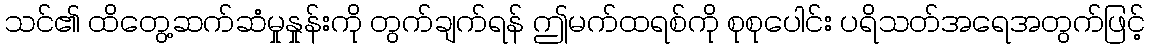
သင်၏ ထိတွေ့ဆက်ဆံမှုနှုန်းကို တွက်ချက်ရန် ဤမက်ထရစ်ကို စုစုပေါင်း ပရိသတ်အရေအတွက်ဖြင့်